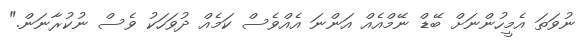
ނުވަތަ އެމީހުންނަށް ބޭޑް ނޭމްއެއް އަންނަ އެއްވެސް ކަމެއް ދުވަހަކު ވެސް ނުކުރާނަން."